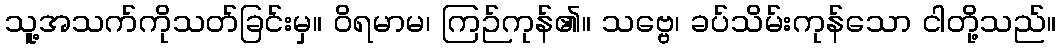
သူ့အသက်ကိုသတ်ခြင်းမှ။ ဝိရမာမ၊ ကြဉ်ကုန်၏။ သဗ္ဗေ၊ ခပ်သိမ်းကုန်သော ငါတို့သည်။